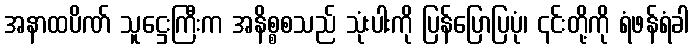
အနာထပိဏ် သူဋ္ဌေးကြီးက အနိစ္စစသည် သုံးပါးကို ပြန်ပြောပြပုံ၊ ၎င်းတို့ကို ရံဖန်ရံခါ